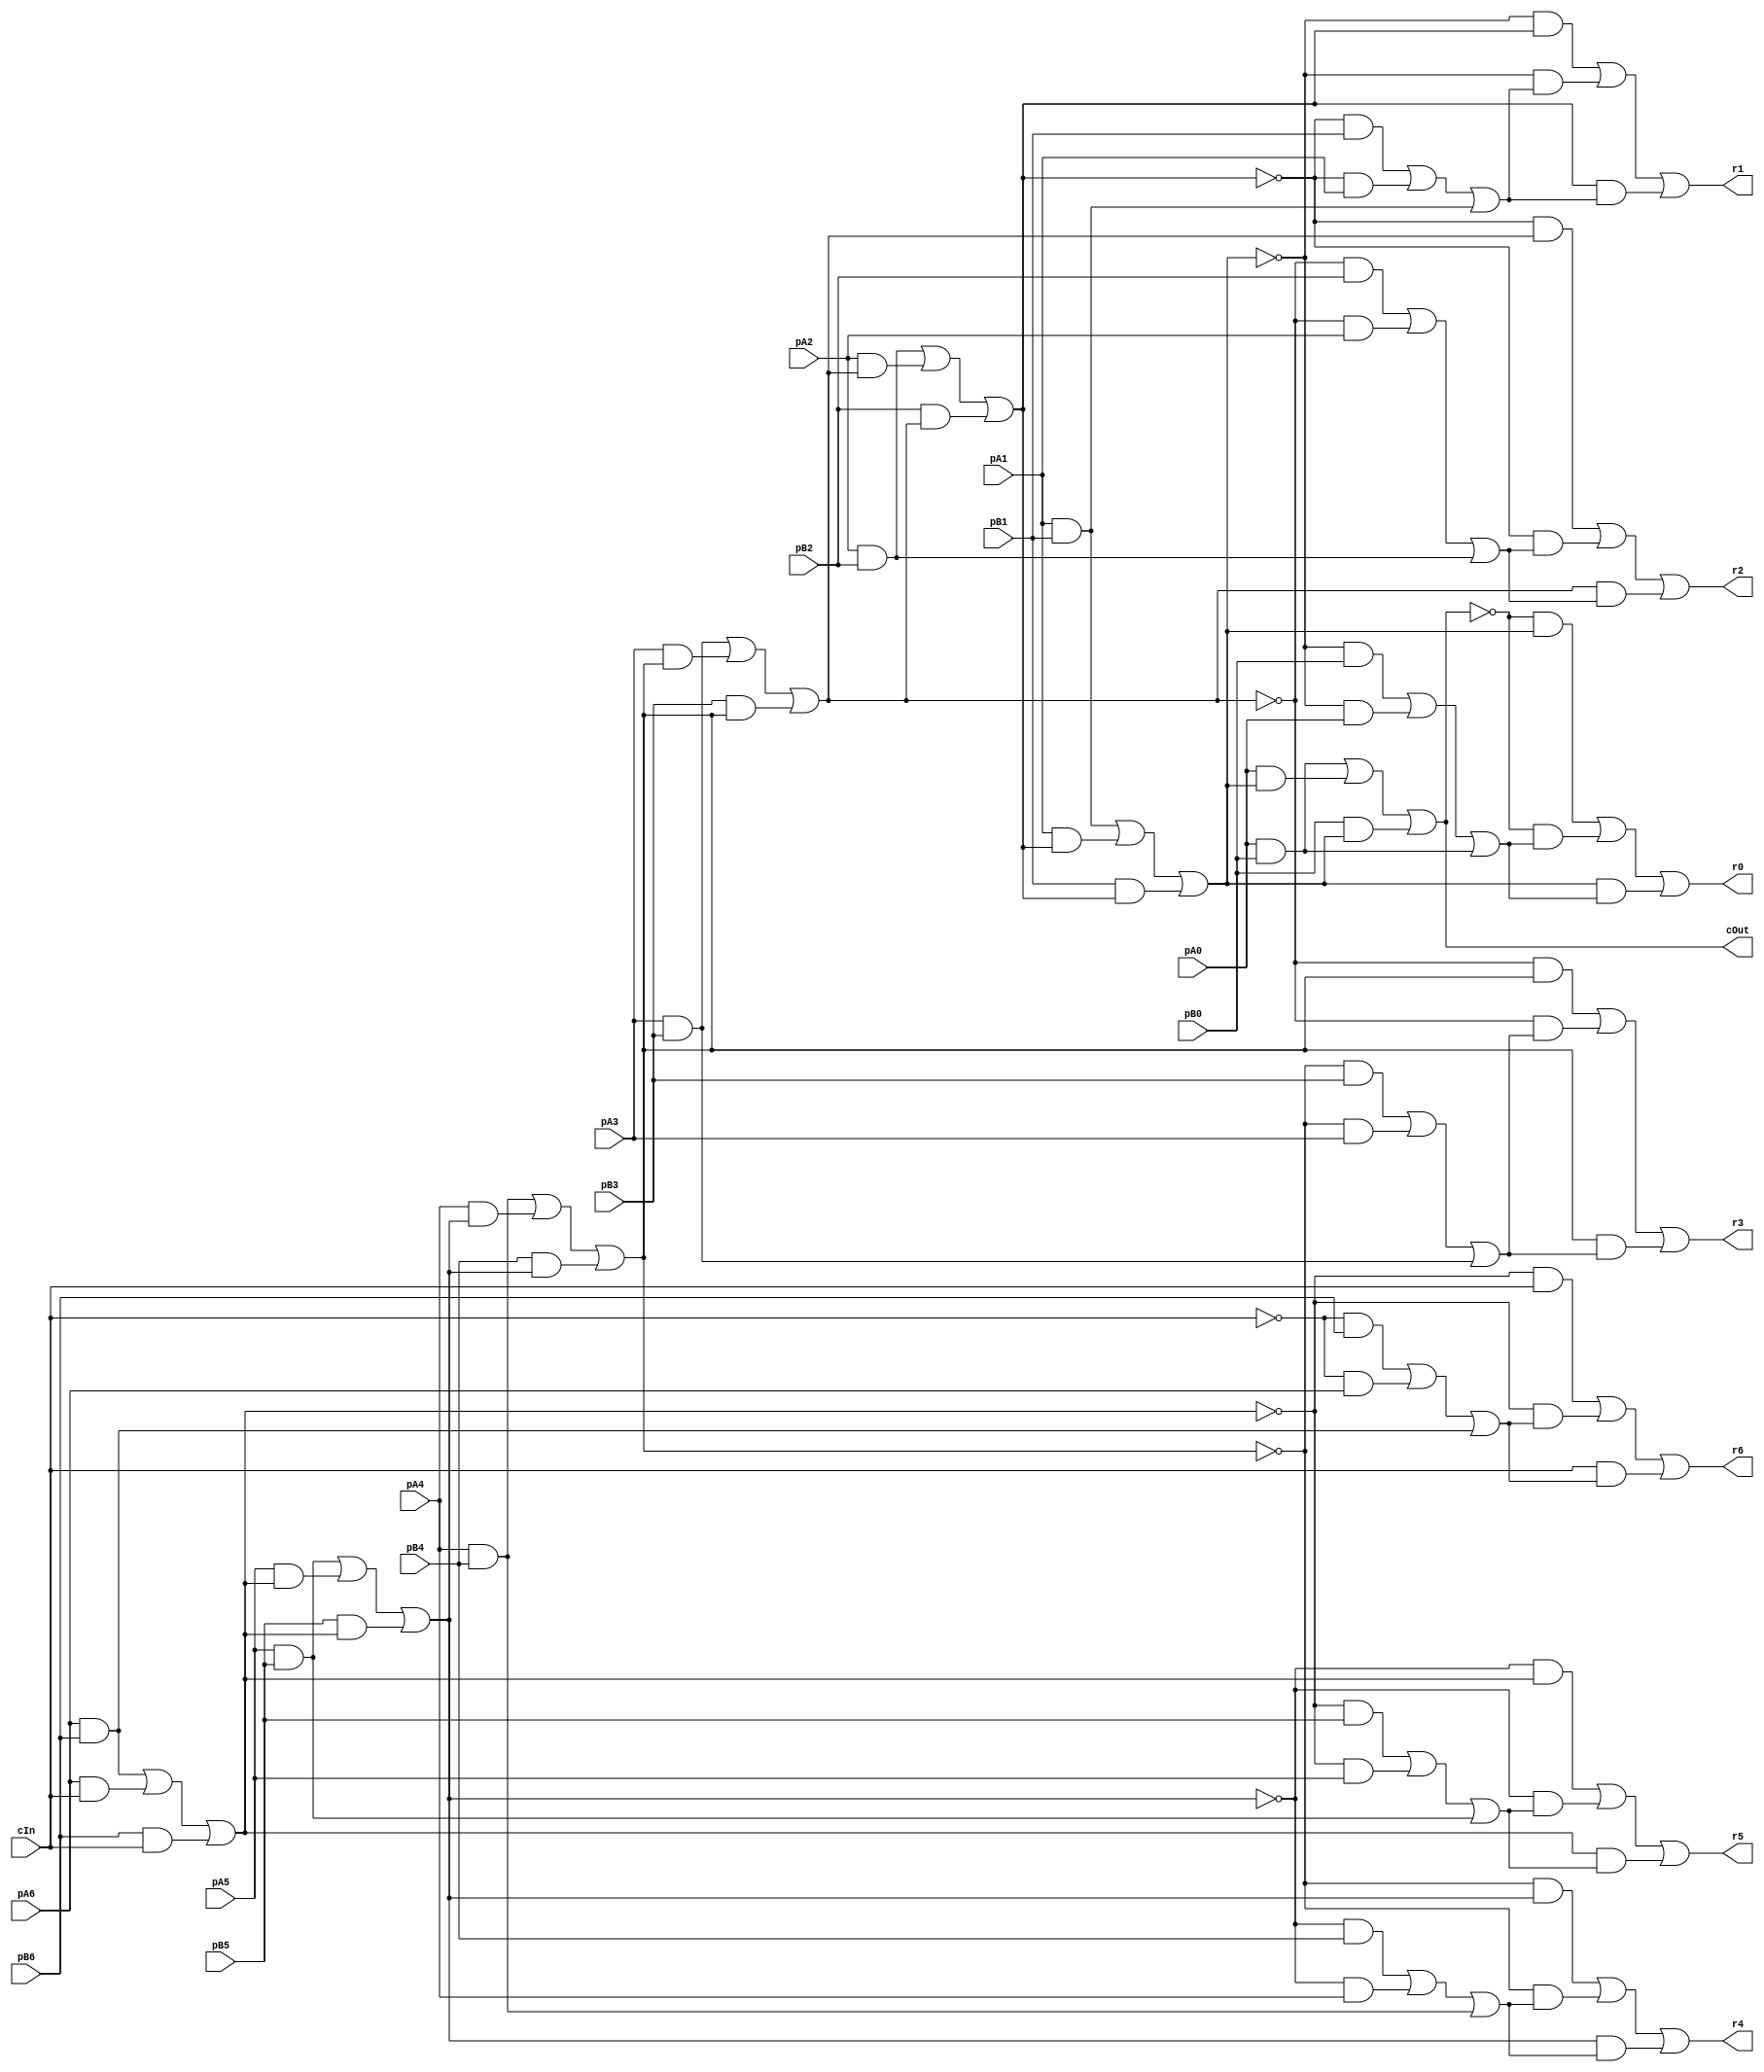

module MajRippleCarryAdder_7(pA6,pA5,pA4,pA3,pA2,pA1,pA0,pB6,pB5,pB4,pB3,pB2,pB1,pB0,r6,r5,r4,r3,r2,r1,r0,cIn, cOut);
input pA6,pA5,pA4,pA3,pA2,pA1,pA0,pB6,pB5,pB4,pB3,pB2,pB1,pB0,cIn;
output r6,r5,r4,r3,r2,r1,r0,cOut;
wire f0,f1,f2,f3,f4,f5,f6,carryX0,carryX1,carryX2,carryX3,carryX4,carryX5,carryX6,carryX7,a0,a1,a2,a3,a4,a5,a6,b0,b1,b2,b3,b4,b5,b6,s0,s1,s2,s3,s4,s5,s6;
assign a0 = pA6;
assign b0 = pB6;
assign r6 = s0;

assign a1 = pA5;
assign b1 = pB5;
assign r5 = s1;

assign a2 = pA4;
assign b2 = pB4;
assign r4 = s2;

assign a3 = pA3;
assign b3 = pB3;
assign r3 = s3;

assign a4 = pA2;
assign b4 = pB2;
assign r2 = s4;

assign a5 = pA1;
assign b5 = pB1;
assign r1 = s5;

assign a6 = pA0;
assign b6 = pB0;
assign r0 = s6;

assign carryX1 = (a0 & b0) | (a0 & carryX0) | (b0 & carryX0);
assign f0 = (~carryX0 & b0) | (~carryX0 & a0) | (b0 & a0);
assign s0 = (~carryX1 & carryX0) | (~carryX1 & f0) | (carryX0 & f0);
assign carryX2 = (a1 & b1) | (a1 & carryX1) | (b1 & carryX1);
assign f1 = (~carryX1 & b1) | (~carryX1 & a1) | (b1 & a1);
assign s1 = (~carryX2 & carryX1) | (~carryX2 & f1) | (carryX1 & f1);
assign carryX3 = (a2 & b2) | (a2 & carryX2) | (b2 & carryX2);
assign f2 = (~carryX2 & b2) | (~carryX2 & a2) | (b2 & a2);
assign s2 = (~carryX3 & carryX2) | (~carryX3 & f2) | (carryX2 & f2);
assign carryX4 = (a3 & b3) | (a3 & carryX3) | (b3 & carryX3);
assign f3 = (~carryX3 & b3) | (~carryX3 & a3) | (b3 & a3);
assign s3 = (~carryX4 & carryX3) | (~carryX4 & f3) | (carryX3 & f3);
assign carryX5 = (a4 & b4) | (a4 & carryX4) | (b4 & carryX4);
assign f4 = (~carryX4 & b4) | (~carryX4 & a4) | (b4 & a4);
assign s4 = (~carryX5 & carryX4) | (~carryX5 & f4) | (carryX4 & f4);
assign carryX6 = (a5 & b5) | (a5 & carryX5) | (b5 & carryX5);
assign f5 = (~carryX5 & b5) | (~carryX5 & a5) | (b5 & a5);
assign s5 = (~carryX6 & carryX5) | (~carryX6 & f5) | (carryX5 & f5);
assign carryX7 = (a6 & b6) | (a6 & carryX6) | (b6 & carryX6);
assign f6 = (~carryX6 & b6) | (~carryX6 & a6) | (b6 & a6);
assign s6 = (~carryX7 & carryX6) | (~carryX7 & f6) | (carryX6 & f6);
assign carryX0 = cIn;
assign cOut = carryX7;
endmodule